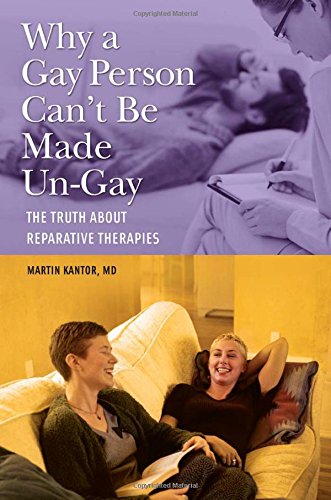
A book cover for Why a Gay Person Can't Be Made Un-Gay: The Truth About Reparative Therapies; Martin Kantor MD; Medical Books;